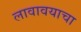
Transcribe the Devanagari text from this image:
लावावयाचा